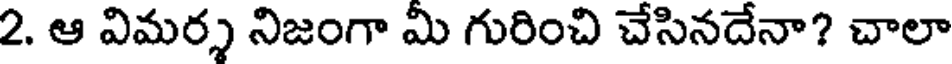
2. ఆ విమర్శ నిజంగా మి గురించి చేసినదేనా? చాలా